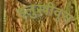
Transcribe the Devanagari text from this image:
इलुस्त्रीवुस